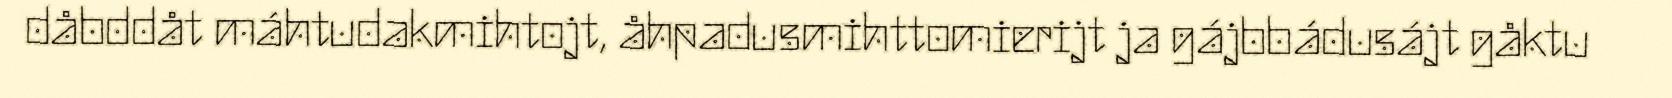
dåbddåt máhtudakmihtojt, åhpadusmihttomierijt ja gájbbádusájt gåktu